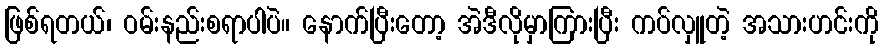
ဖြစ်ရတယ်၊ ဝမ်းနည်းစရာပါပဲ။ နောက်ပြီးတော့ အဲဒီလိုမှာကြားပြီး ကပ်လှူတဲ့ အသားဟင်းကို